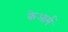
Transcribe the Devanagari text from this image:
केआर्म